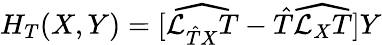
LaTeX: H_{T}(X,Y)=[\widehat{{\cal L}_{{\hat{T}}X}T}-{\hat{T}}\widehat{{\cal L}_{X}T}]Y